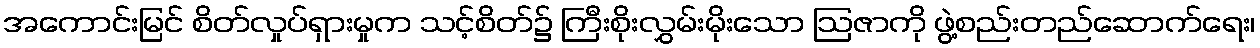
အကောင်းမြင် စိတ်လှုပ်ရှားမှုက သင့်စိတ်၌ ကြီးစိုးလွှမ်းမိုးသော ဩဇာကို ဖွဲ့စည်းတည်ဆောက်ရေး၊